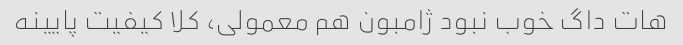
هات داگ خوب نبود ژامبون هم معمولی، کلا کیفیت پایینه